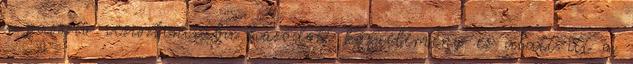
a passzív rezisztenciába húzódott közvélemény ez alatt itt a